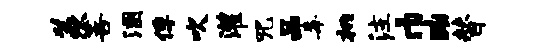
羡菩溷俘吹灌咒品毒桃注巾黝替